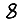
Digit: 8